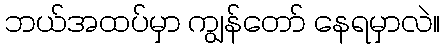
ဘယ်အထပ်မှာ ကျွန်တော် နေရမှာလဲ။